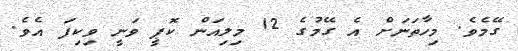
ގޭމެވެ. މިހާތަނަށް އެ ގޭމުގެ 12 މިލިއަން ކޮޕީ ވަނީ ވިކިފަ އެވެ.